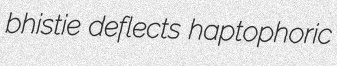
bhistie deflects haptophoric